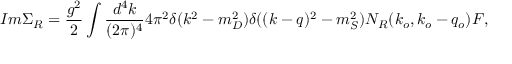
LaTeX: I m \Sigma _ { R } = { \frac { g ^ { 2 } } { 2 } } \int { \frac { d ^ { 4 } k } { ( 2 \pi ) ^ { 4 } } } 4 \pi ^ { 2 } \delta ( k ^ { 2 } - m _ { D } ^ { 2 } ) \delta ( ( k - q ) ^ { 2 } - m _ { S } ^ { 2 } ) N _ { R } ( k _ { o } , k _ { o } - q _ { o } ) F ,